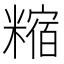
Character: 𥼍